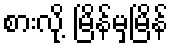
စားလို့ မြိန်မှမြိန်